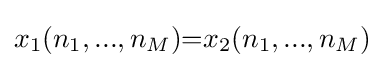
x_{1}(n_{1},...,n_{M}){=}x_{2}(n_{1},...,n_{M})